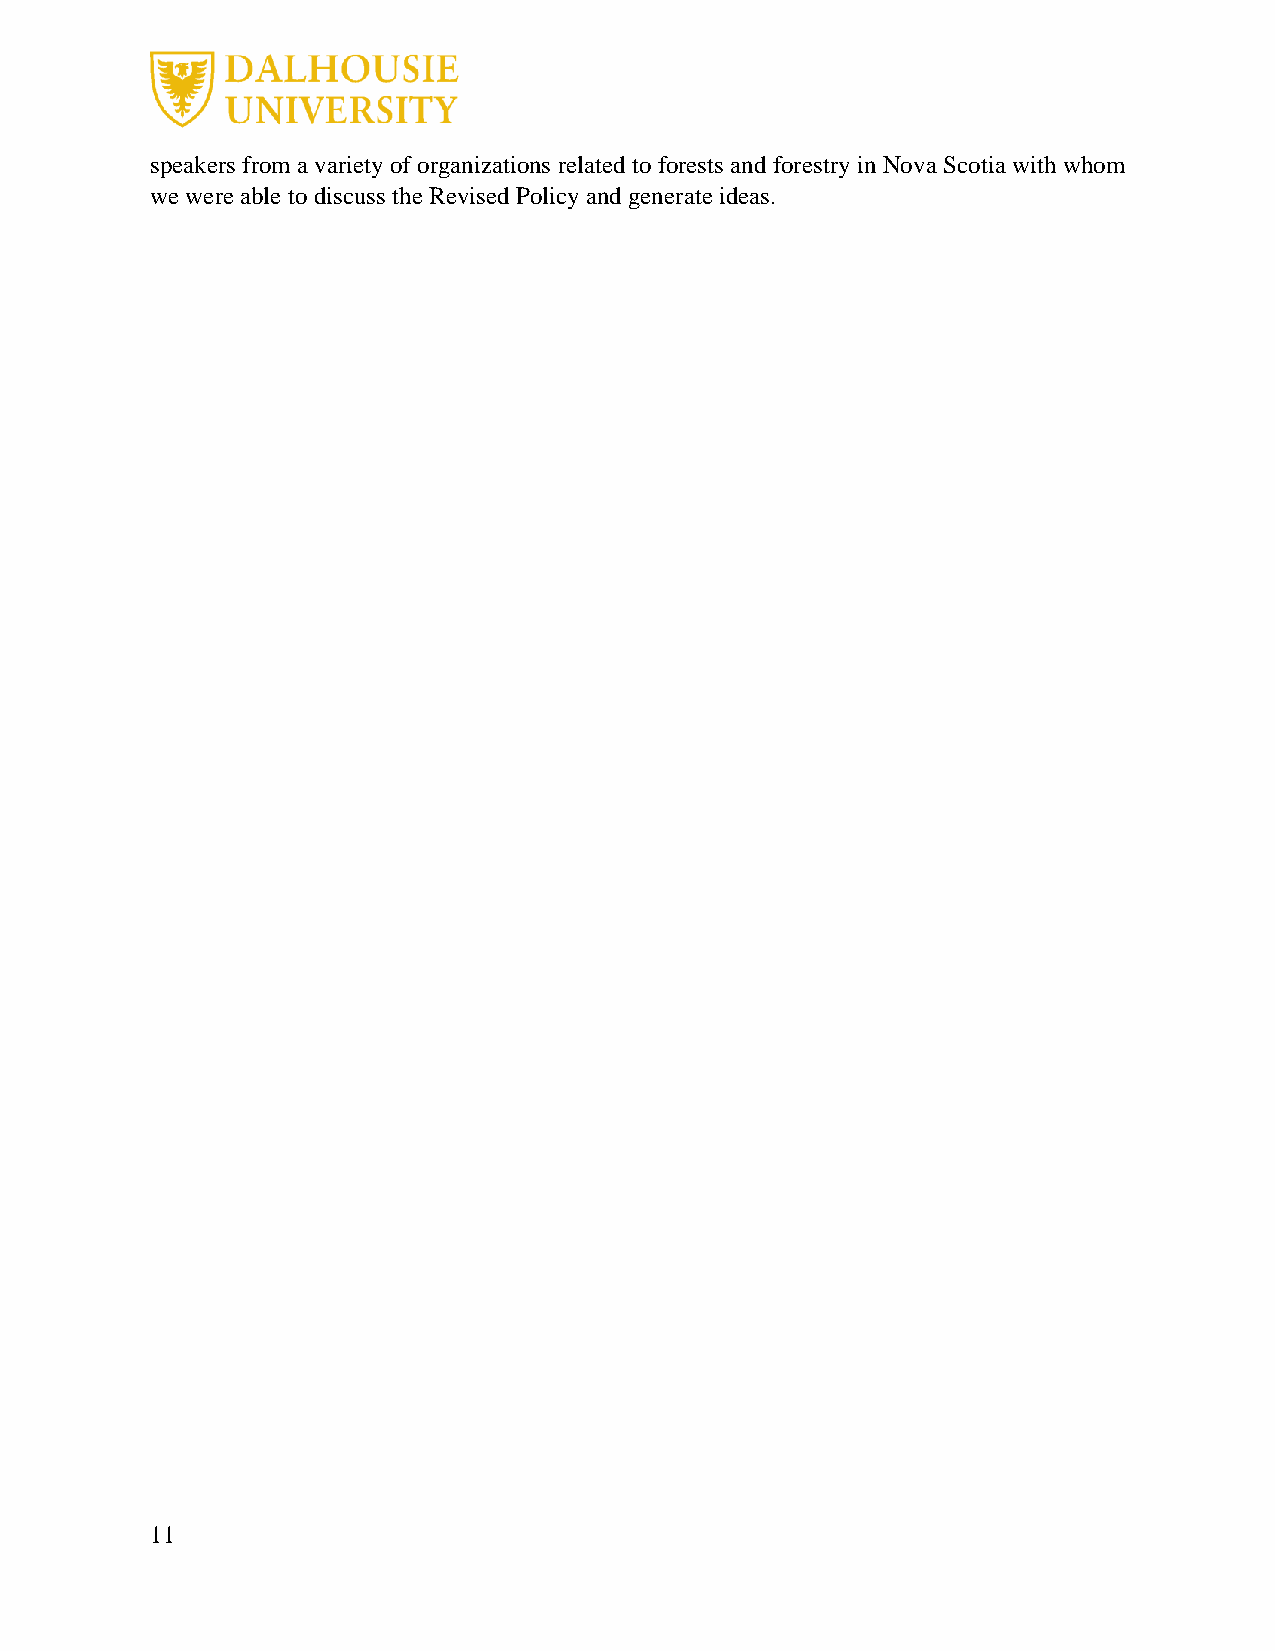
speakers from a variety of organizations related to forests and forestry in Nova Scotia with whom
 we were able to discuss the Revised Policy and generate ideas.
 11